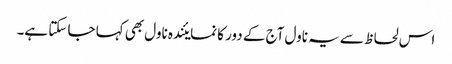
اس لحاظ سے یہ ناول آج کے دور کا نمایئندہ ناول بھی کہا جا سکتا ہے۔